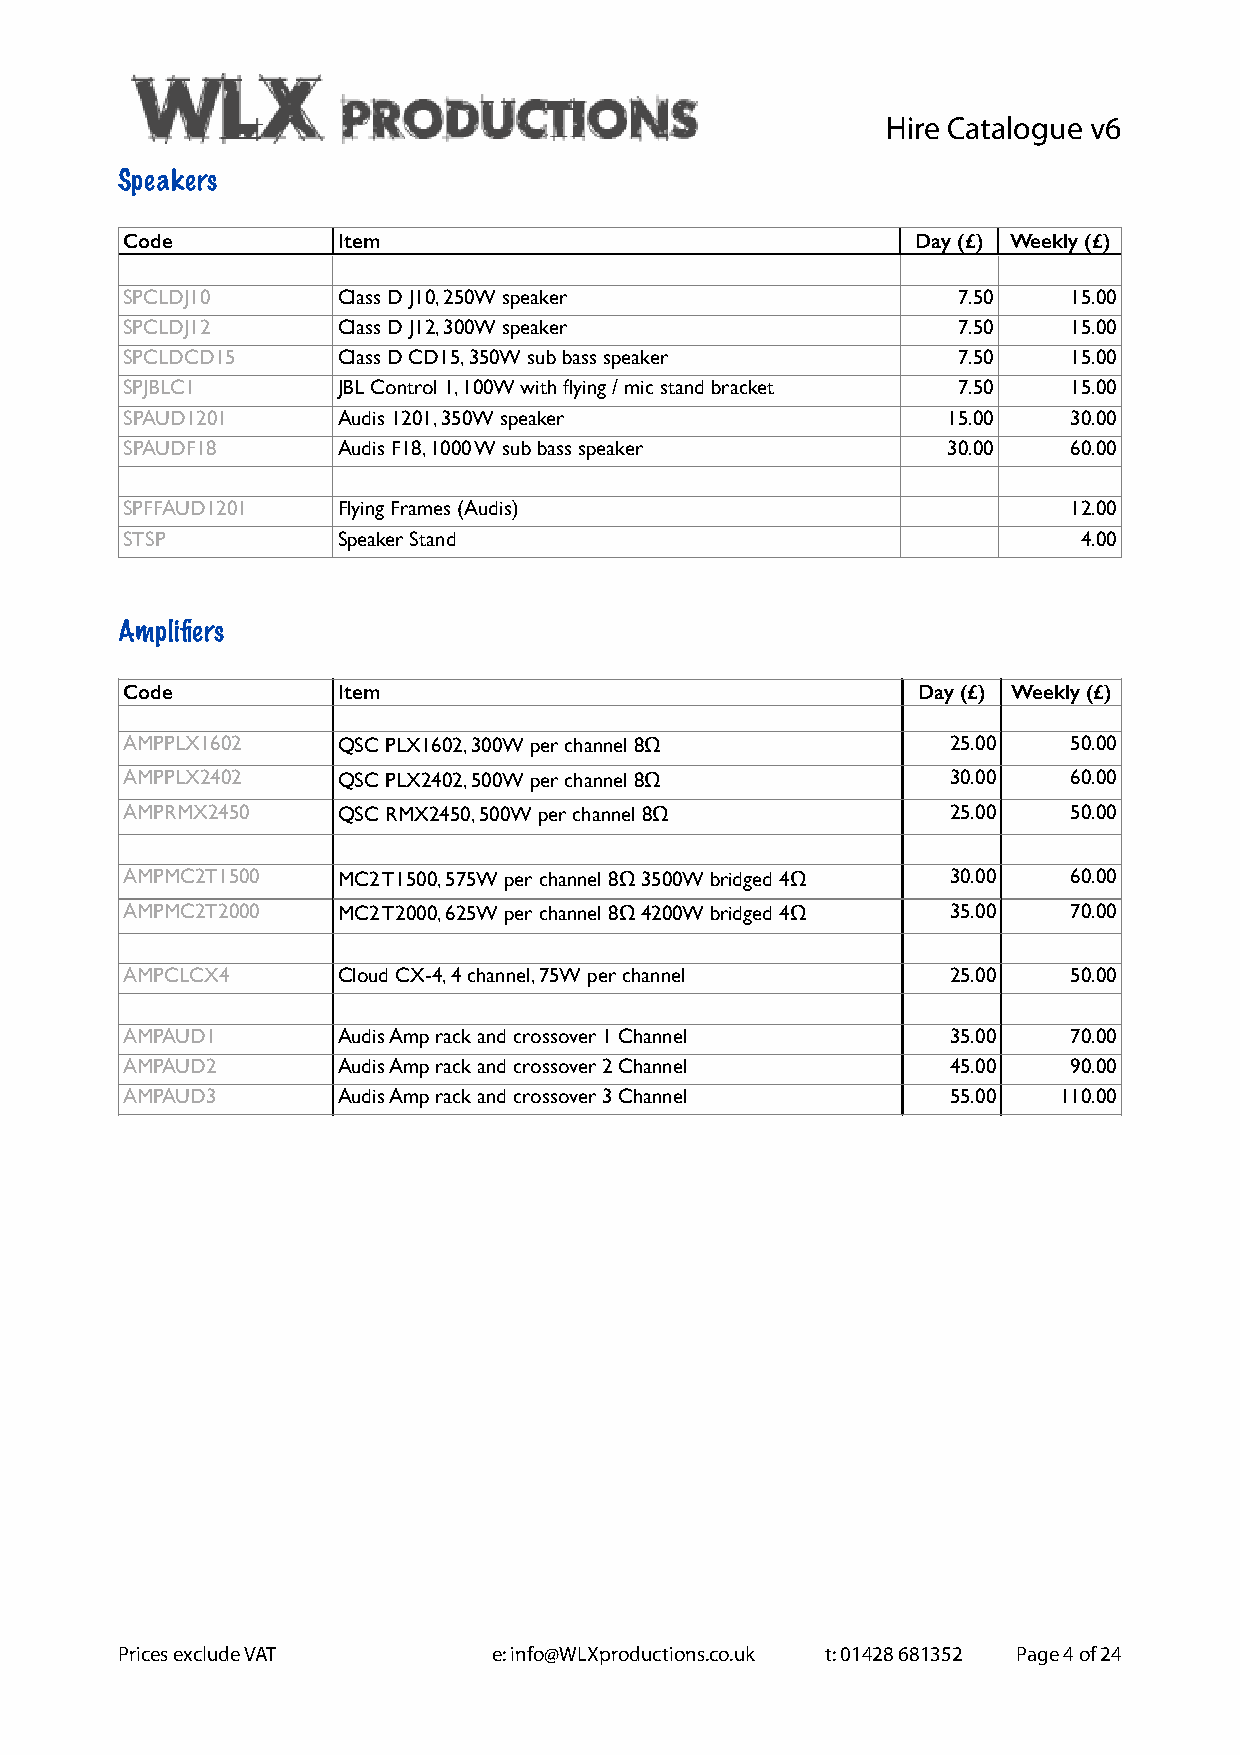
Hire Catalogue v6
 Speakers
 Code          Item                                   Day (£) Weekly (£)
 SPCLDJ10      Class D J10, 250W speaker                7.50    15.00
 SPCLDJ12      Class D J12, 300W speaker                7.50    15.00
 SPCLDCD15     Class D CD15, 350W sub bass speaker      7.50    15.00
 SPJBLC1       JBL Control 1, 100W with flying / mic stand bracket 7.50 15.00
 SPAUD1201     Audis 1201, 350W speaker                 15.00   30.00
 SPAUDF18      Audis F18, 1000 W sub bass speaker       30.00   60.00
 SPFFAUD1201   Flying Frames (Audis)                            12.00
 STSP          Speaker Stand                                     4.00
 Amplifiers
 Code          Item                                   Day (£) Weekly (£)
 AMPPLX1602    QSC PLX1602, 300W per channel 8Ω         25.00   50.00
 AMPPLX2402    QSC PLX2402, 500W per channel 8Ω         30.00   60.00
 AMPRMX2450    QSC RMX2450, 500W per channel 8Ω         25.00   50.00
 AMPMC2T1500   MC2 T1500, 575W per channel 8Ω 3500W bridged 4Ω 30.00 60.00
 AMPMC2T2000   MC2 T2000, 625W per channel 8Ω 4200W bridged 4Ω 35.00 70.00
 AMPCLCX4      Cloud CX-4, 4 channel, 75W per channel   25.00   50.00
 AMPAUD1       Audis Amp rack and crossover 1 Channel   35.00   70.00
 AMPAUD2       Audis Amp rack and crossover 2 Channel   45.00   90.00
 AMPAUD3       Audis Amp rack and crossover 3 Channel   55.00  110.00
 Prices exclude VAT       e: info@WLXproductions.co.uk t: 01428 681352 Page 4 of 24